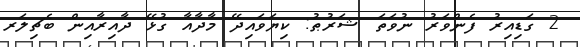
2 ގަޑިއިރު ފެންވަރު ނުވަތަ ޝަރުޠު: ކިޔަވައިދޭ މާދާއާ ގުޅޭ ދާއިރާއިން ބެޗިލަރ